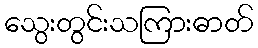
သွေးတွင်းသကြားဓာတ်